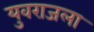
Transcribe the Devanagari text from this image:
युवराजला